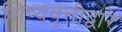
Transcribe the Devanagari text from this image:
शिष्यवृत्तीद्वारे